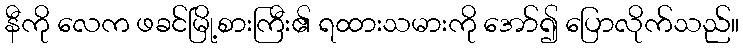
နီကို လေက ဖခင်မြို့စားကြီး၏ ရထားသမားကို အော်၍ ပြောလိုက်သည်။